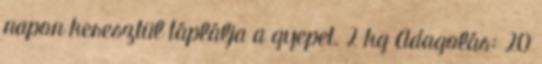
napon keresztül táplálja a gyepet. 2 kg Adagolás: 20